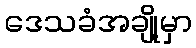
ဒေသခံအချို့မှာ